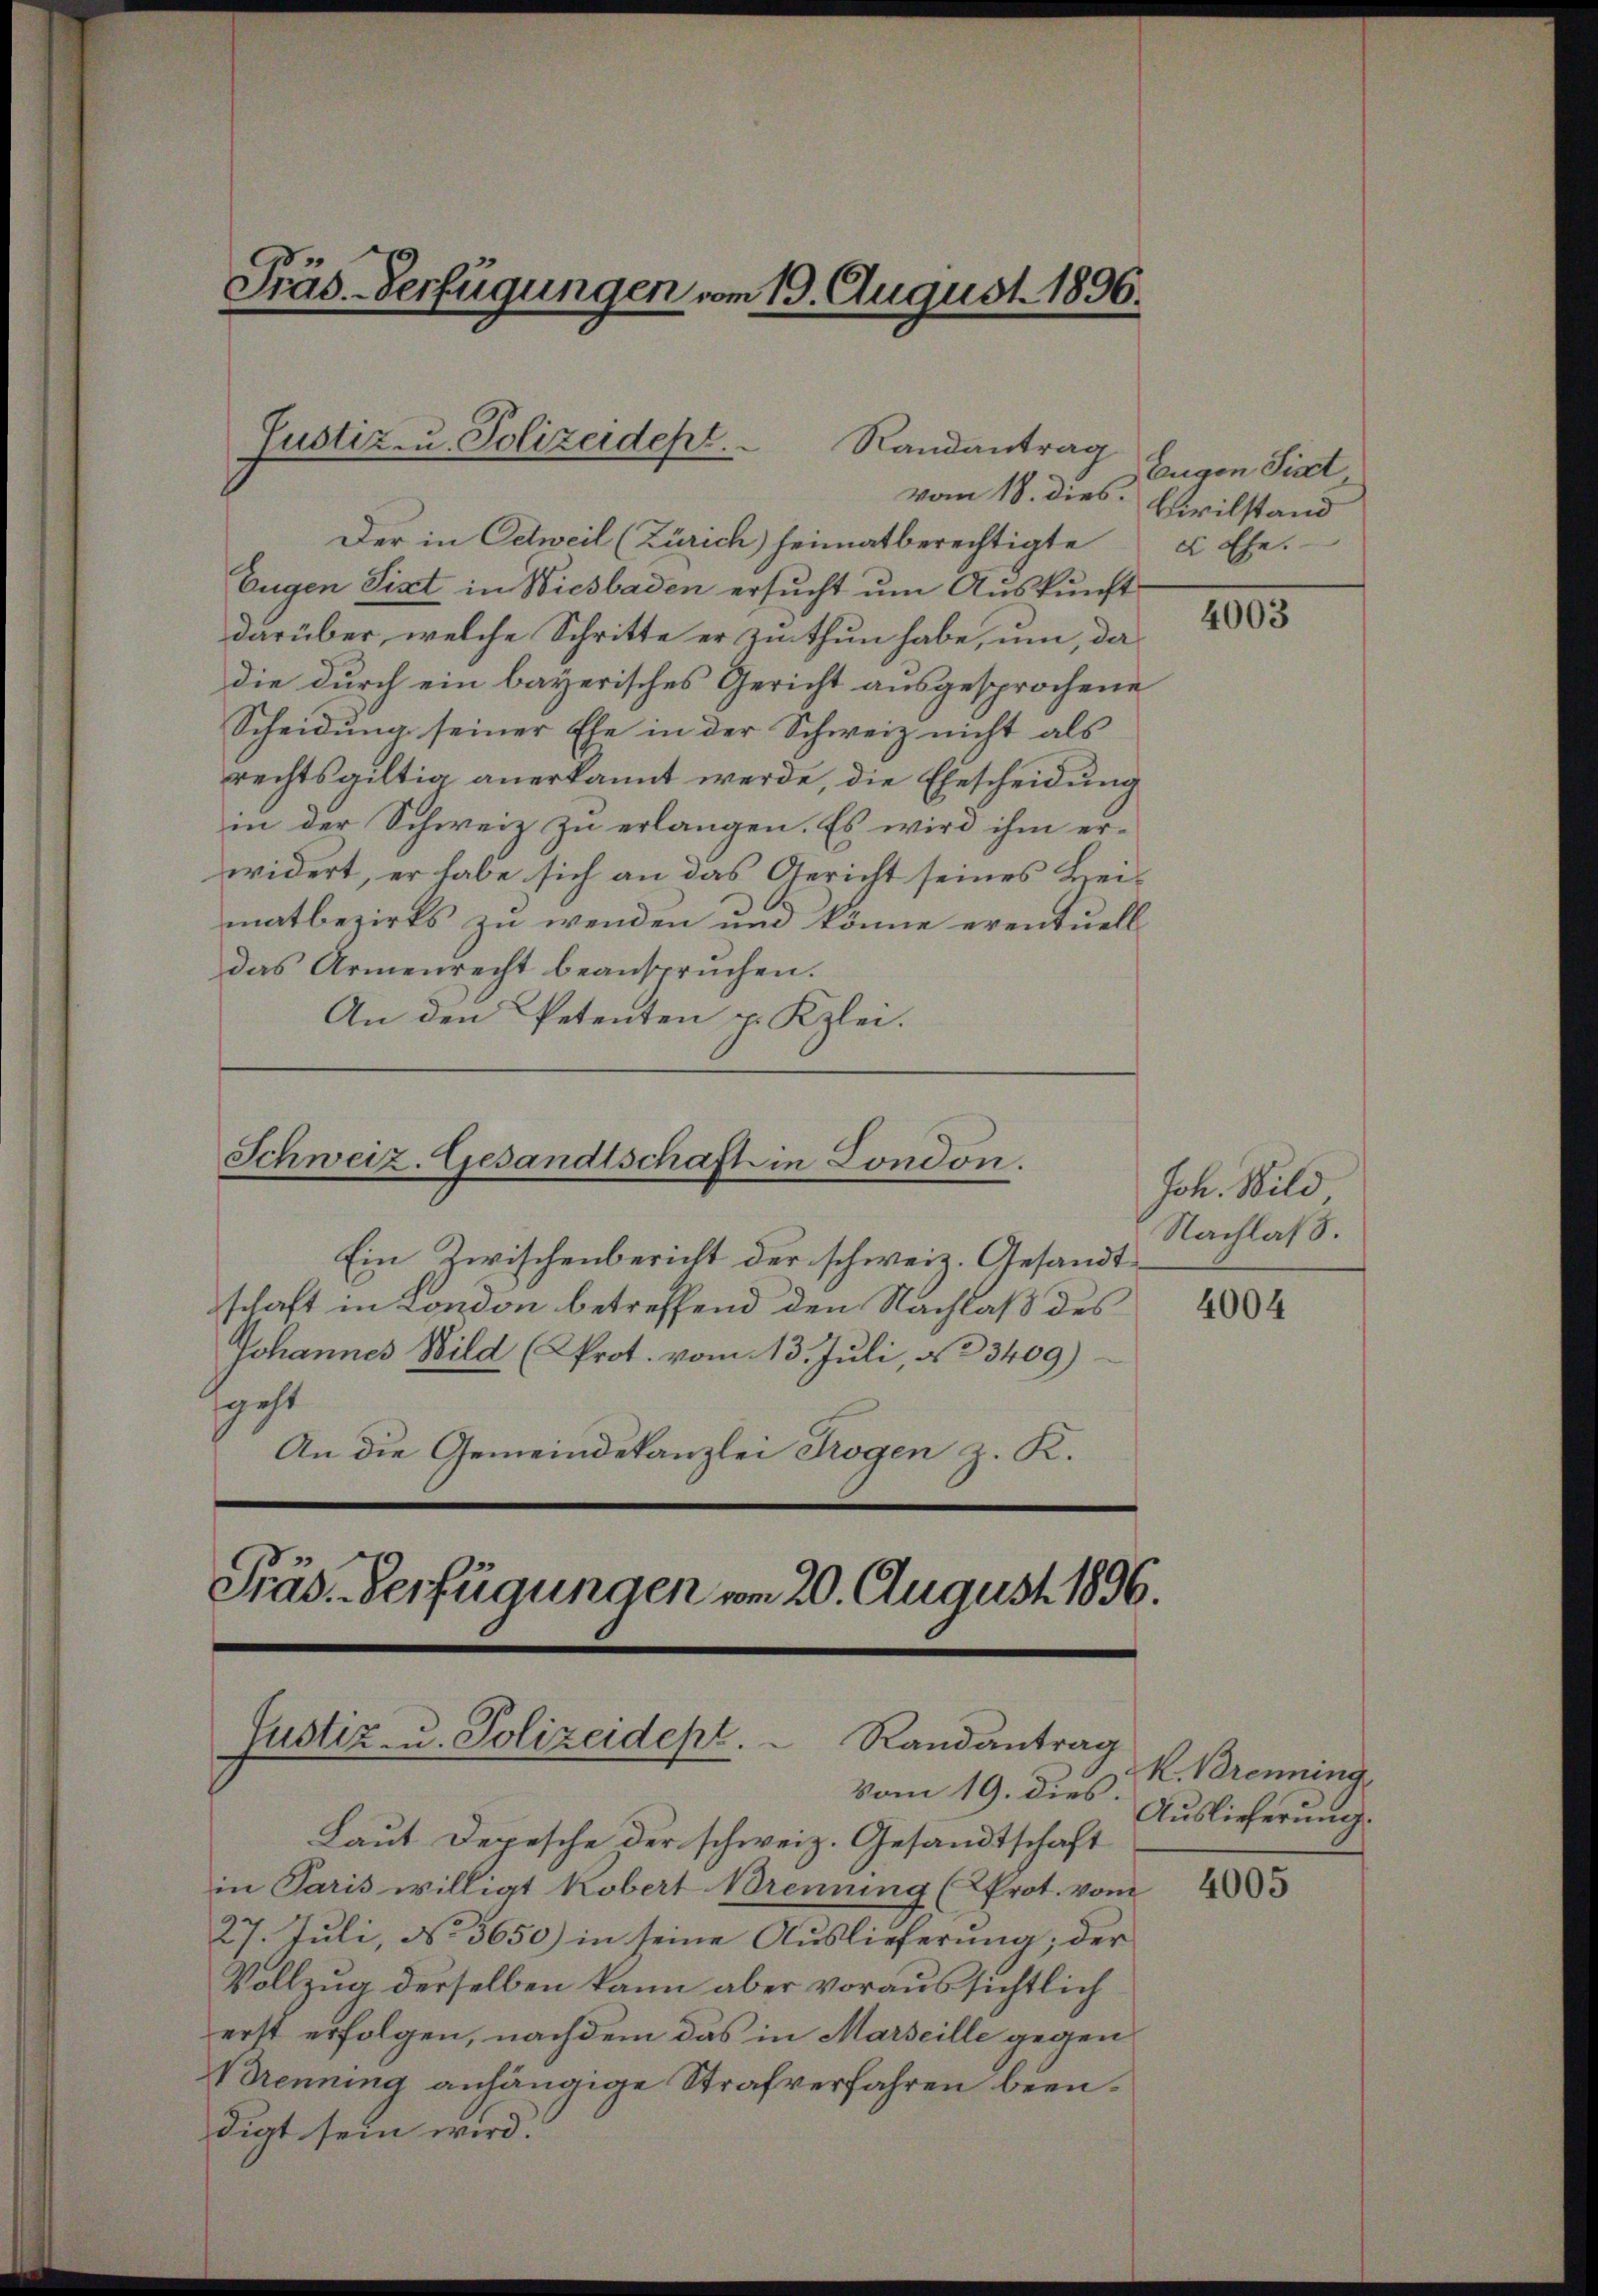
Der in Oetweil (Zürich) heimatberechtigte es Ehe.
Eugen Sixt in Wiesbaden ersucht um Auskunft
darüber, welche Schritte er zinthun habe, um, da
die durch ein bayerisches Gericht ausgesprochene
Scheidung seiner Ehe in der Schweiz nicht als
rechtsgiltig anerkannt werde, die Ehescheidung
in der Schweiz zu erlangen. Es wird ihm er-
widert, er habe sich an das Gericht seines Heimatbezirks zu wenden und könne eventuell
das Armenrecht beansprüchen.
An den Petenten p. Kzlei.

Präs-Verfügungen vom 19. August 1896.

Justiz- u. Polizeidest.
Randantrag
vom 18. dies.

Schweiz. Gesandtschaft in London.

Ein Zwischenbericht der schweiz. Gesandtschaft in London betreffend den Nachlaß des
Johannes Bild (Prot. vom 13. Juli, § 3409)
sgest
An die Gemeindekanzlei Trogen z. K.

Präs. Verfügungen vom 20. August 1896.
Justiz- u. Polizeidept. Randantrag
vom 19. dies

Laut Depesche der schweiz. Gesandtschaft
in Paris willigt Kobert Brennung (Prot. vom
27. Juli, No 3650) in seine Auslieferung; der
Vollzug derselben kann aber voraussichtlich
erst erfolgen, nachdem das in Marseille gegen
Brennung anhängige Strafverfahren beendigt sein wird.

Eugen Sist
Civilstand

4003

Joh. Wild
Nachlaß.

4004

K. Brennung
Auslieferung.

4005